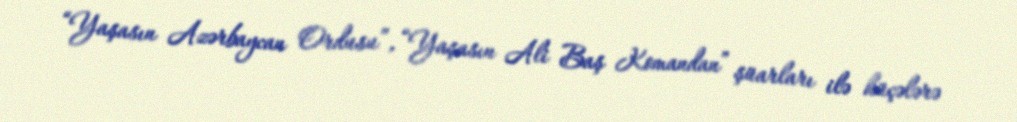
“Yaşasın Azərbaycan Ordusu”, “Yaşasın Ali Baş Komandan” şüarları ilə küçələrə